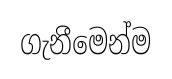
ගැනීමෙන්ම